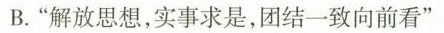
B.”解放思想，实事求是，团结一致向前看”